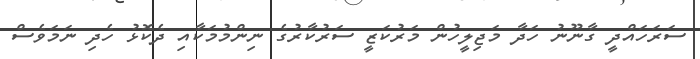
ސަރަހައްދީ ގާނޫނު ހަދާ މަޖިލީހުން މަރުކަޒީ ސަރުކާރުގެ ނިންމުމަކާއި ދެކޮޅު ހެދި ނަމަވެސް